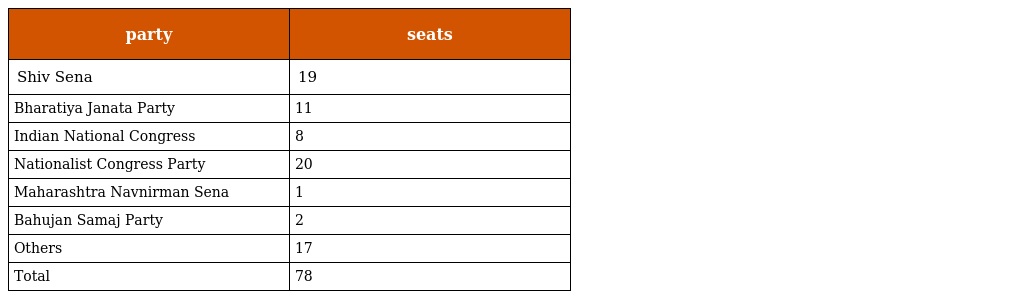
| party | seats |
 | --- | --- |
 | Shiv Sena | 19 |
 | Bharatiya Janata Party | 11 |
 | Indian National Congress | 8 |
 | Nationalist Congress Party | 20 |
 | Maharashtra Navnirman Sena | 1 |
 | Bahujan Samaj Party | 2 |
 | Others | 17 |
 | Total | 78 |